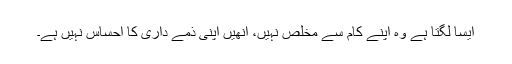
ایسا لگتا ہے وہ اپنے کام سے مخلص نہیں، انھیں اپنی ذمے داری کا احساس نہیں ہے۔